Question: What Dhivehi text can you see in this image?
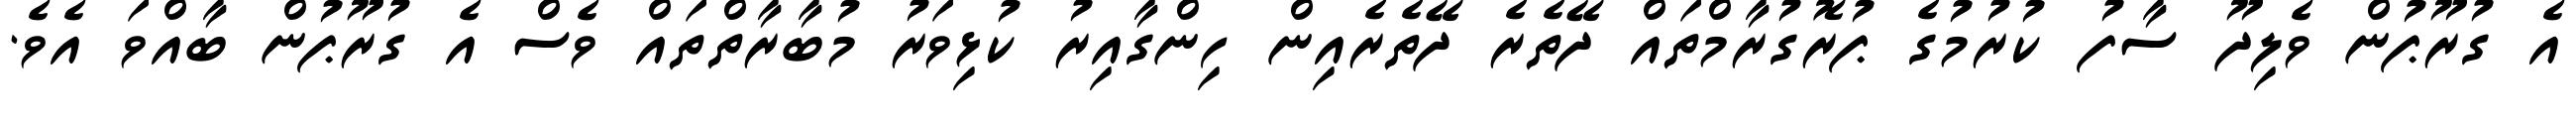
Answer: އެ ގުރޫޕުން ވެލިދޫ ސާފު ކުރުމުގެ ޕުރޮގުރާމްތައް ދޭތެރެ ދޭތެރެއިން ހިންގާއިރު ކުޅިވަރު މުބާރާތްތައް ވެސް އެ ގުރޫޕުން ބާއްވަ އެވެ.